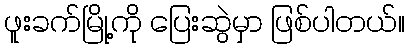
ဖူးခက်မြို့ကို ပြေးဆွဲမှာ ဖြစ်ပါတယ်။